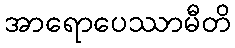
အာရောပေဿာမီတိ